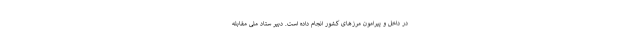
در داخل و پیرامون مرزهای کشور انجام داده است. دبیر ستاد ملی مقابله